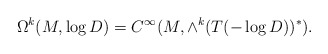
\begin{align*}\Omega^k(M,\log D) = C^\infty(M, \wedge^k(T(-\log D))^*).\end{align*}